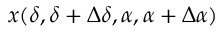
x ( \delta , \delta + \Delta \delta , \alpha , \alpha + \Delta \alpha )